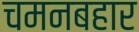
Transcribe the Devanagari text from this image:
चमनबहार